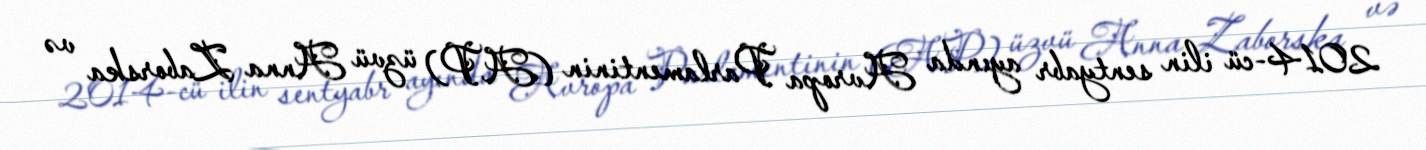
2014-cü ilin sentyabr ayında Avropa Parlamentinin (AP) üzvü Anna Zaborska və